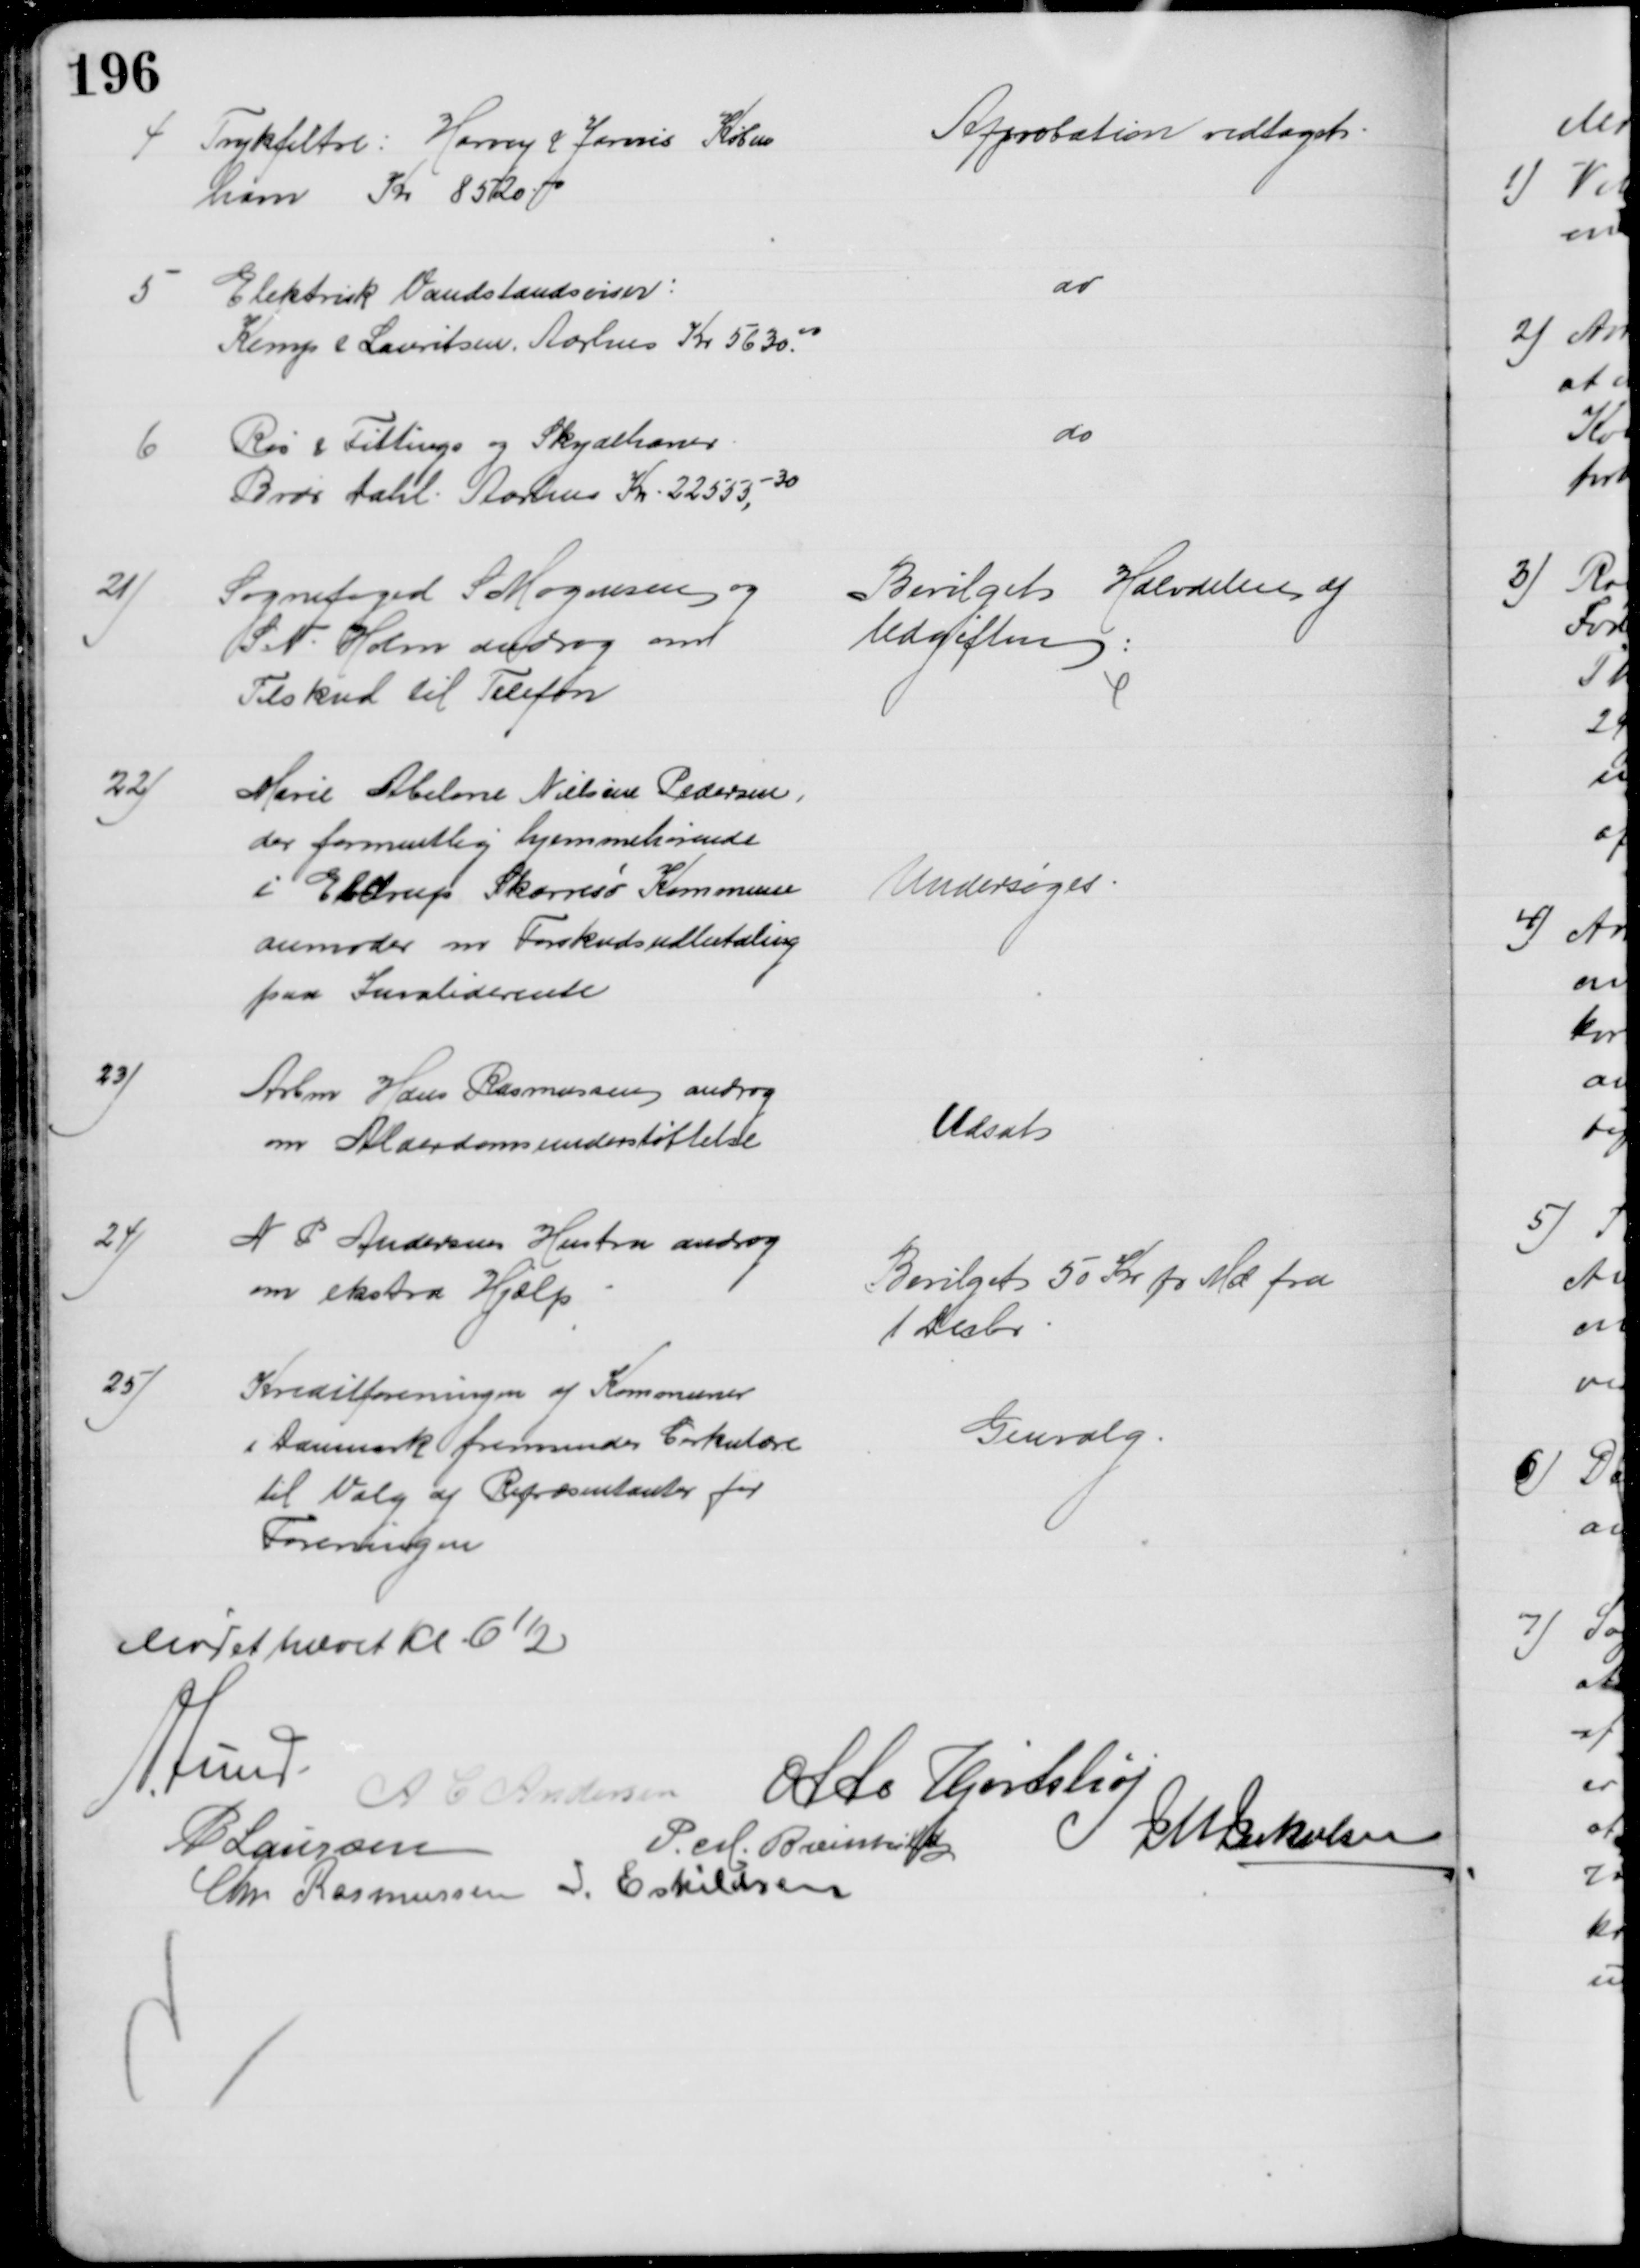
Transskription:
4
Trykfiltre: Harvey & Jarvis Køben
havn Kr 8500.00
Approbation vedtaget
5
Elektrisk Vandstandsviser:
Kemp & Lauritsen, Aarhus Kr 5630.00
do
6
Rør & Fittings og Skydehaner
Brdr Dahl. Aarhus Kr. 22555,-30
do
21)
Sognefoged S Mogensen og
S. N. Holm androg om
Tilskud til Telefon
Bevilget Halvdelen af
Udgiften
22)
Marie Abelone Nielsine Pedersen,
der formentlig hjemmehørende
i Ebdrup Skarresø Kommune
anmoder om Forskudsudbetaling
paa Invaliderente
Undersøges
23)
Arbm Hans Rasmussen androg
om Alderdomsunderstøttelse
Udsat
24)
N P Andersens Hustru androg
om ekstra Hjælp
Bevilget 50 Kr pr Md fra
1 Decbr
25)
Kreditforeningen af Kommuner
i Danmark fremsender Cirkulære
til Valg af Repræsentanter for
Foreningen
Genvalg
Mødet hævet Kl. 6½
A Lund.
A C Andersen Otto Hjortshøj
P Laursen
P. M. Breinhild
J M Jakobsen
Chr Rasmussen I. Eskildsen